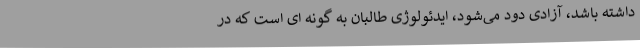
داشته باشد، آزادی دود می‌شود، ایدئولوژی طالبان به گونه ای است که در